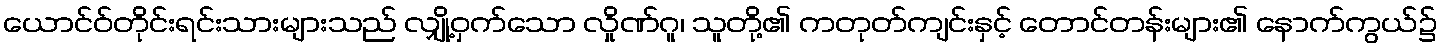
ယောင်ဝ်တိုင်းရင်းသားများသည် လျှို့ဝှက်သော လှိုဏ်ဂူ၊ သူတို့၏ ကတုတ်ကျင်းနှင့် တောင်တန်းများ၏ နောက်ကွယ်၌